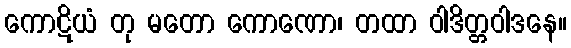
ကောဋိယံ တု မတော ကောဏော၊ တထာ ဝါဒိတ္တဝါဒနေ။